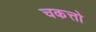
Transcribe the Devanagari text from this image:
चकत्तो